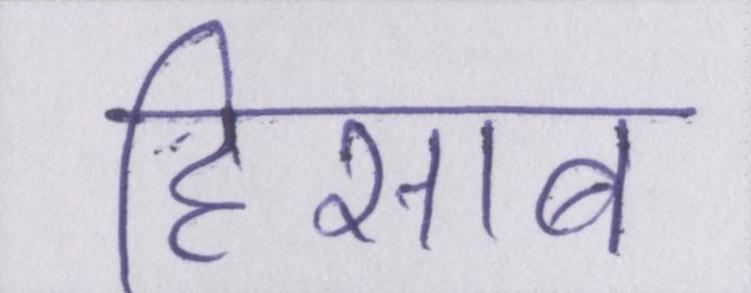
हिसाब